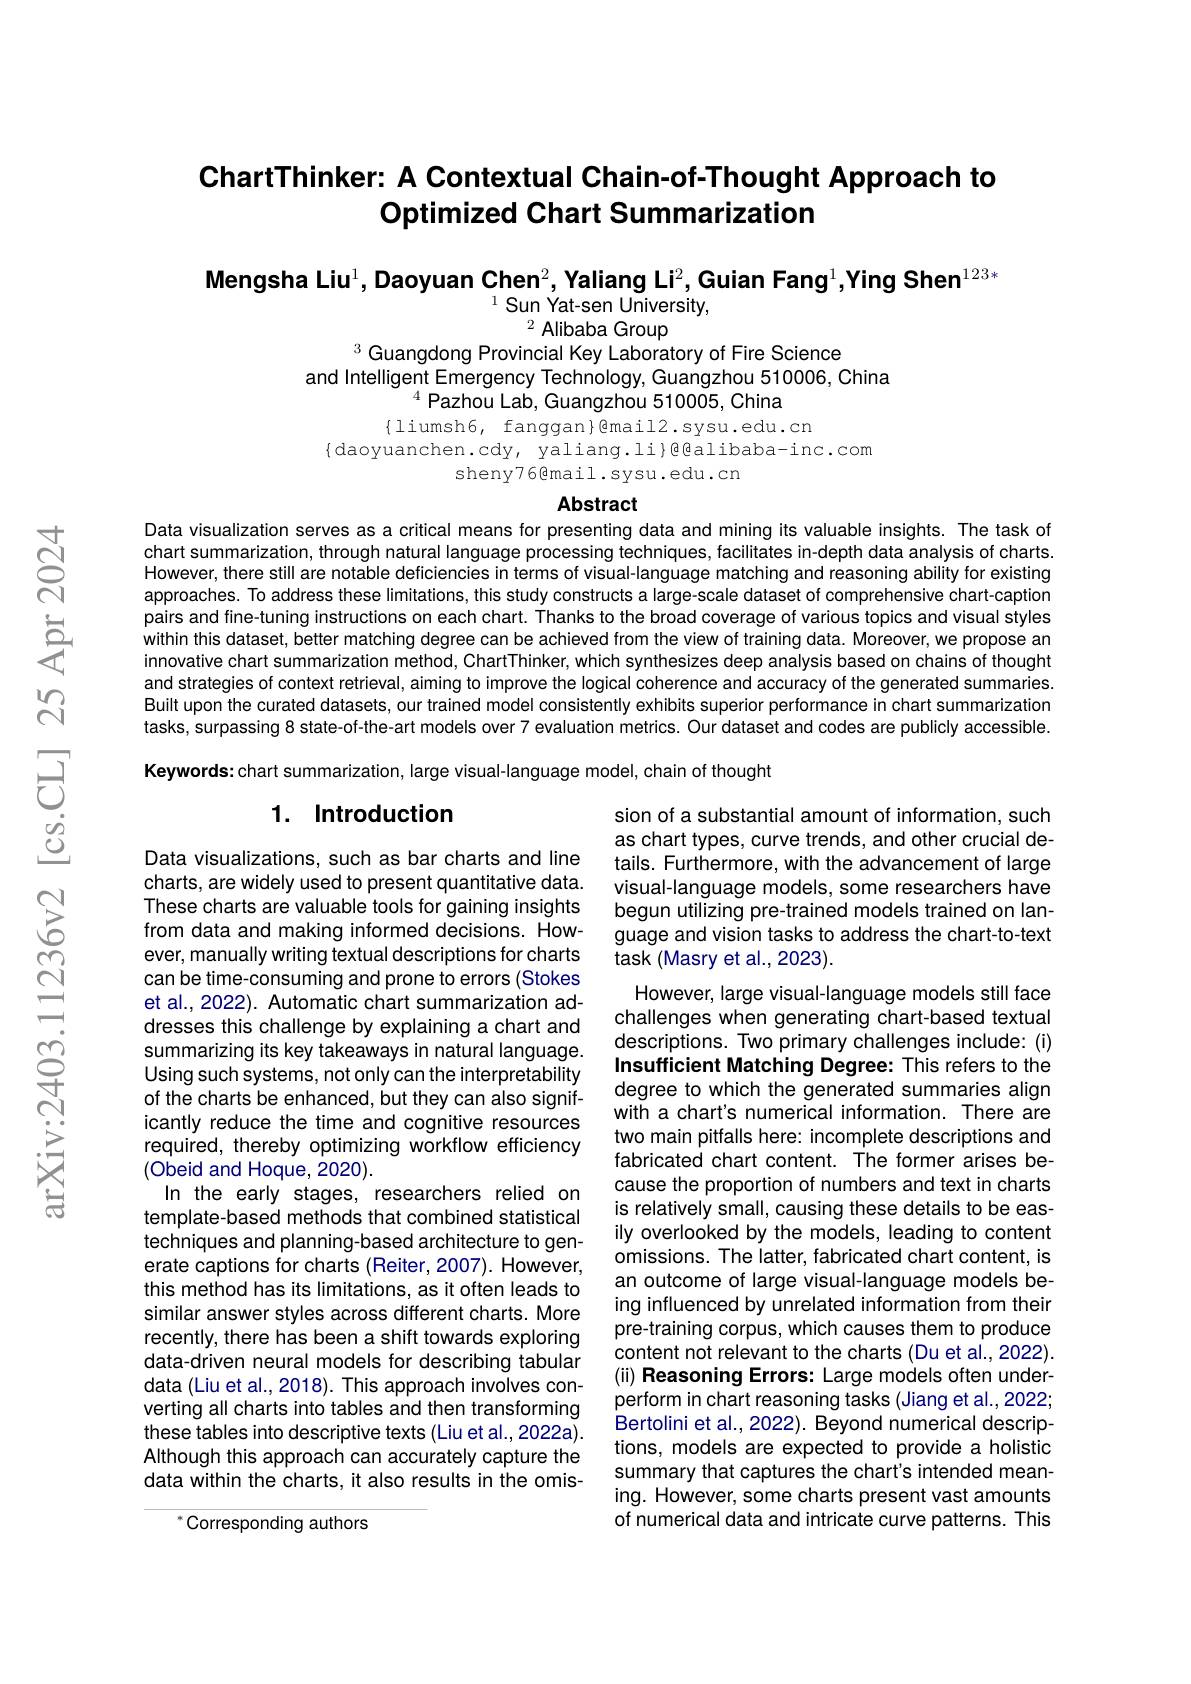
# ChartThinker: A Contextual Chain-of-Thought Approach to Optimized Chart Summarization

Mengsha Liu$^1$, Daoyuan Chen$^2$, Yaliang Li$^2$,Guian Fang$^1$,Ying Shen$^{123*}$
$^{1}$Sun Yat-sen University,
$^{2}$ Alibaba Group

$^{3}$Guangdong Provincial Key Laboratory of Fire Science
and Intelligent Emergency Technology, Guangzhou 510006, China
$^{4}$Pazhou Lab, Guangzhou 510005, China

$\{$liumsh6, fanggan}@mail2.sysu.edu.cn
{daoyuanchen.cdy, yaliang.li}@@alibaba-inc.com
sheny76@mail.sysu.edu.cn

## Abstract

Data visualization serves as a critical means for presenting data and mining its valuable insights. The task of chart summarization, through natural language processing techniques, facilitates in-depth data analysis of charts. However, there still are notable deficiencies in terms of visual-language matching and reasoning ability for existing approaches. To address these limitations, this study constructs a large-scale dataset of comprehensive chart-caption pairs and fine-tuning instructions on each chart. Thanks to the broad coverage of various topics and visual styles within this dataset, better matching degree can be achieved from the view of training data. Moreover, we propose an innovative chart summarization method, ChartThinker, which synthesizes deep analysis based on chains of thought and strategies of context retrieval, aiming to improve the logical coherence and accuracy of the generated summaries. Built upon the curated datasets, our trained model consistently exhibits superior performance in chart summarization tasks, surpassing 8 state-of-the-art models over 7 evaluation metrics. Our dataset and codes are publicly accessible.

Keywords:chart summarization, large visual-language model, chain of thought

### 1. Introduction

sion of a substantial amount of information, such as chart types, curve trends, and other crucial details. Furthermore, with the advancement of large visual-language models, some researchers have begun utilizing pre-trained models trained on language and vision tasks to address the chart-to-text task (Masry et al.,2023).
However, large visual-language models still face challenges when generating chart-based textual descriptions. Two primary challenges include: (i) Insufficient Matching Degree: This refers to the degree to which the generated summaries align with a chart's numerical information. There are two main pitfalls here: incomplete descriptions and fabricated chart content. The former arises because the proportion of numbers and text in charts is relatively small, causing these details to be easily overlooked by the models, leading to content omissions. The latter, fabricated chart content, is an outcome of large visual-language models being influenced by unrelated information from their pre-training corpus, which causes them to produce content not relevant to the charts (Du et al., 2022). (ii) Reasoning Errors: Large models often underperform in chart reasoning tasks (Jiang et al.,2022; Bertolini et al., 2022). Beyond numerical descriptions, models are expected to provide a holistic summary that captures the chart's intended meaning. However, some charts present vast amounts of numerical data and intricate curve patterns. This

Data visualizations, such as bar charts and line charts, are widely used to present quantitative data. These charts are valuable tools for gaining insights from data and making informed decisions. However, manually writing textual descriptions for charts can be time-consuming and prone to errors (Stokes et al., 2022). Automatic chart summarization addresses this challenge by explaining a chart and summarizing its key takeaways in natural language. Using such systems, not only can the interpretability of the charts be enhanced, but they can also significantly reduce the time and cognitive resources required, thereby optimizing workflow efficiency (Obeid and Hoque, 2020).
In the early stages, researchers relied on template-based methods that combined statistical techniques and planning-based architecture to generate captions for charts (Reiter, 2007). However, this method has its limitations, as it often leads to similar answer styles across different charts. More recently, there has been a shift towards exploring data-driven neural models for describing tabular data (Liu et al., 2018). This approach involves converting all charts into tables and then transforming these tables into descriptive texts (Liu et al., 2022a). Although this approach can accurately capture the data within the charts, it also results in the omis-

$^{*}$Corresponding authors